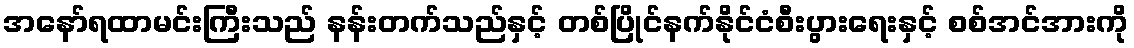
အနော်ရထာမင်းကြီးသည် နန်းတက်သည်နှင့် တစ်ပြိုင်နက်နိုင်ငံစီးပွားရေးနှင့် စစ်အင်အားကို